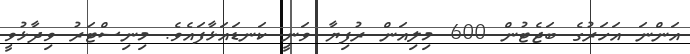
އަންނަ އަހަރުގެ ބަޖެޓުން 600 މިލިއަން ރުފިޔާ ވަނީ ކަނޑައަޅާފައެވެ. މިނިސްޓަރު ވިދާޅުވީ